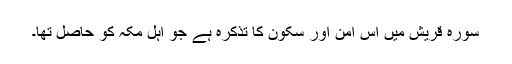
سورۂ قریش میں اس امن اور سکون کا تذکرہ ہے جو اہل مکہ کو حاصل تھا۔